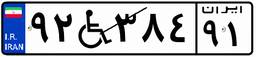
۶۵W۰۷۶۰۸